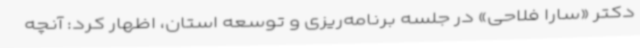
دکتر «سارا فلاحی» در جلسه برنامه‌ریزی و توسعه استان، اظهار کرد: آنچه